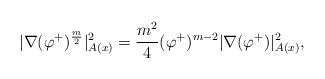
\begin{align*}|\nabla (\varphi^{+})^{\frac{m}{2}}|^2_{A(x)} = \frac{m^2}{4} (\varphi^{+})^{m-2} |\nabla (\varphi^{+})|^2_{A(x)},\end{align*}